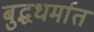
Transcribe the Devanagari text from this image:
बुद्धधर्मात